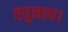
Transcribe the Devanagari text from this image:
रघुनाथ।